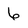
Character: 6